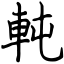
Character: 軘